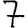
Digit: 7